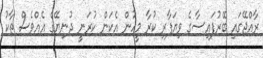
ރާއްޖޭގައި ބޭރުފައިސާގެ ވިޔަފާރި ކުރާ މީހުން އެކަން ކުރަނީ ދުނިޔޭގެ އެއްވެސް ތާކު